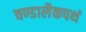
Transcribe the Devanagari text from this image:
चण्डालैकपथं